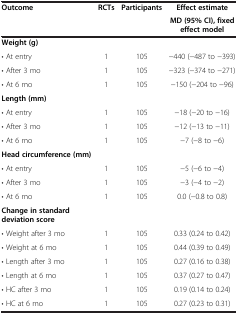
<table><thead><tr><td rowspan="2"><b>Outcome</b></td><td rowspan="2"><b>RCTs</b></td><td rowspan="2"><b>Participants</b></td><td><b>Effect estimate</b></td></tr><tr><td><b>MD (95% CI), fixed effect model</b></td></tr></thead><tbody><tr><td><b>Weight (g)</b></td><td> </td><td> </td><td> </td></tr><tr><td>• At entry</td><td>1</td><td>105</td><td>−440 (−487 to −393)</td></tr><tr><td>• After 3 mo</td><td>1</td><td>105</td><td>−323 (−374 to −271)</td></tr><tr><td>• At 6 mo</td><td>1</td><td>105</td><td>−150 (−204 to −96)</td></tr><tr><td><b>Length (mm)</b></td><td> </td><td> </td><td> </td></tr><tr><td>• At entry</td><td>1</td><td>105</td><td>−18 (−20 to −16)</td></tr><tr><td>• After 3 mo</td><td>1</td><td>105</td><td>−12 (−13 to −11)</td></tr><tr><td>• At 6 mo</td><td>1</td><td>105</td><td>−7 (−8 to −6)</td></tr><tr><td><b>Head circumference (mm)</b></td><td> </td><td> </td><td> </td></tr><tr><td>• At entry</td><td>1</td><td>105</td><td>−5 (−6 to −4)</td></tr><tr><td>• After 3 mo</td><td>1</td><td>105</td><td>−3 (−4 to −2)</td></tr><tr><td>• At 6 mo</td><td>1</td><td>105</td><td>0.0 (−0.8 to 0.8)</td></tr><tr><td><b>Change in standard deviation score</b></td><td> </td><td> </td><td> </td></tr><tr><td>• Weight after 3 mo</td><td>1</td><td>105</td><td>0.33 (0.24 to 0.42)</td></tr><tr><td>• Weight at 6 mo</td><td>1</td><td>105</td><td>0.44 (0.39 to 0.49)</td></tr><tr><td>• Length after 3 mo</td><td>1</td><td>105</td><td>0.27 (0.16 to 0.38)</td></tr><tr><td>• Length at 6 mo</td><td>1</td><td>105</td><td>0.37 (0.27 to 0.47)</td></tr><tr><td>• HC after 3 mo</td><td>1</td><td>105</td><td>0.19 (0.14 to 0.24)</td></tr><tr><td>• HC at 6 mo</td><td>1</td><td>105</td><td>0.27 (0.23 to 0.31)</td></tr></tbody></table>